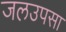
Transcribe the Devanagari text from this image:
जलउपसा